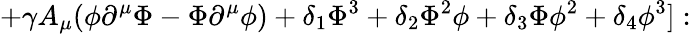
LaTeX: +\gamma A_{\mu}(\phi\partial^{\mu}\Phi-\Phi\partial^{\mu}\phi)+\delta_{1}\Phi^{3}+\delta_{2}\Phi^{2}\phi+\delta_{3}\Phi\phi^{2}+\delta_{4}\phi^{3}]: